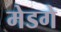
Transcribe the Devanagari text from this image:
मेडगे